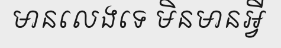
មានលេងទេ មិនមានអ្វី